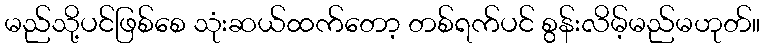
မည်သို့ပင်ဖြစ်စေ သုံးဆယ်ထက်တော့ တစ်ရက်ပင် စွန်းလိမ့်မည်မဟုတ်။